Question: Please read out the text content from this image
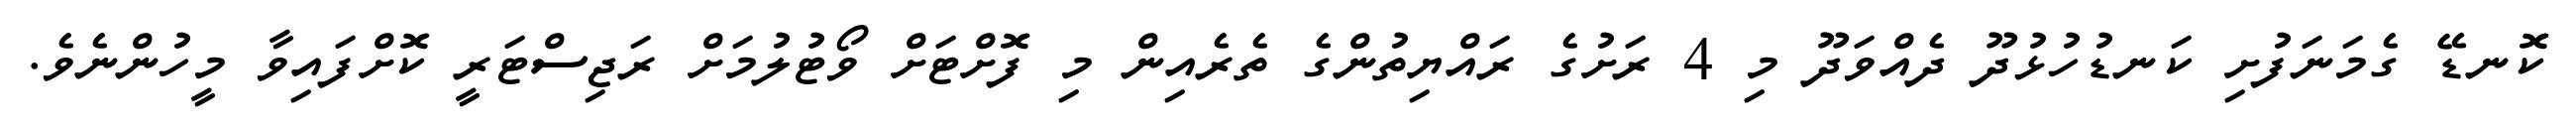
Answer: ކޮނޑޭ ގެމަނަފުށި ކަނޑުހުޅުދޫ ދެއްވަދޫ މި 4 ރަށުގެ ރައްޔިތުންގެ ތެރެއިން މި ފޮށްޓަށް ވޯޓުލުމަށް ރަޖިސްޓަރީ ކޮށްފައިވާ މީހުންނެވެ.